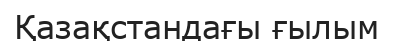
Қазақстандағы ғылым